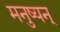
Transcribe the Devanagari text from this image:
मनुष्यन्